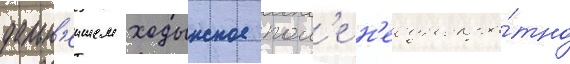
дальн'еишем ходынское пол'е н'еоднокра́тно